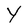
Character: Y